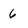
Character: 6